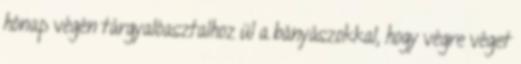
hónap végén tárgyalóasztalhoz ül a bányászokkal, hogy végre véget